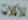
للاكلات